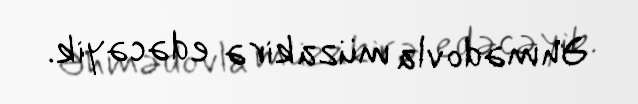
Əhmədovla müzakirə edəcəyik.